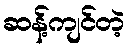
ဆန့်ကျင်တဲ့